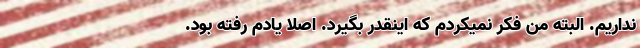
نداریم. البته من فکر نمیکردم که اینقدر بگیرد. اصلا یادم رفته بود.